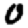
Digit: 0